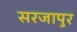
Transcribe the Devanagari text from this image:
सरजापुर